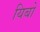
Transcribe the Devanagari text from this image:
यिबो